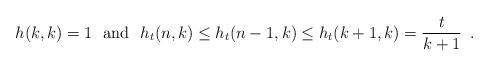
LaTeX: \begin{align*} h(k,k) = 1\ \mbox{ and }\ h_t(n,k) \le h_t(n-1,k) \le h_t(k+1,k) = \frac{t}{k+1} \enspace .\end{align*}